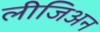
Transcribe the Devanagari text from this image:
लीजिअन